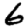
Digit: 6